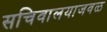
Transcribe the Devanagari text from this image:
सचिवालयाजवळ